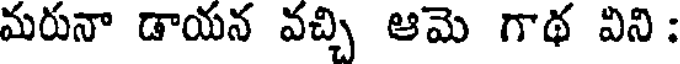
మరునా డాయన వచ్చి ఆమె గాథ విని :